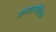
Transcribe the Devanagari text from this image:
उष्मास्थैतिक